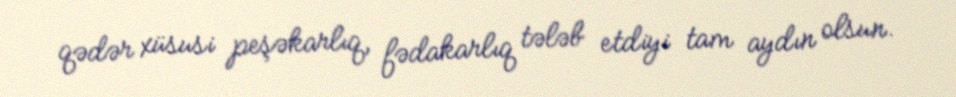
qədər xüsusi peşəkarlıq, fədakarlıq tələb etdiyi tam aydın olsun.